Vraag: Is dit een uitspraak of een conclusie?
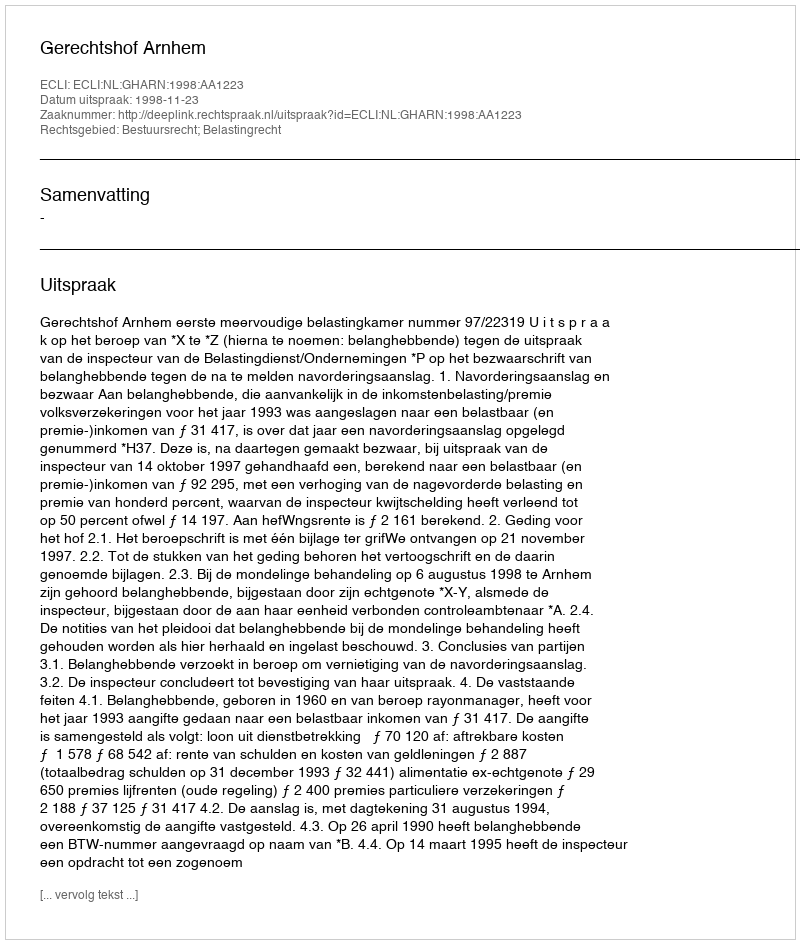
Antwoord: Uitspraak